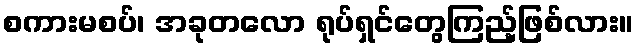
စကားမစပ်၊ အခုတလော ရုပ်ရှင်တွေကြည့်ဖြစ်လား။